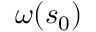
\omega ( s _ { 0 } )